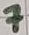
Text: 7